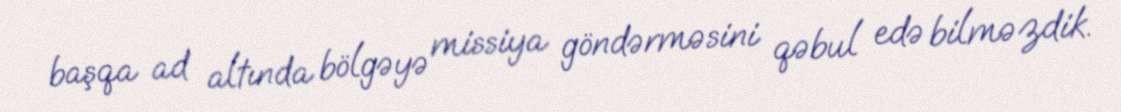
başqa ad altında bölgəyə missiya göndərməsini qəbul edə bilməzdik.